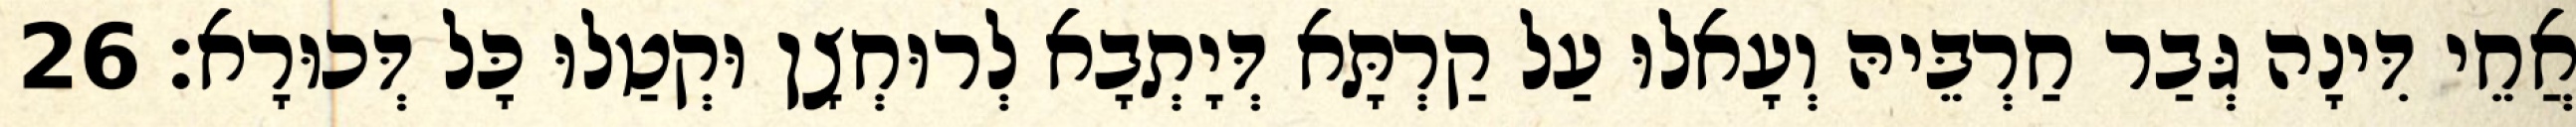
אֲחֵי דִּינָה גְּבַר חַרְבֵּיהּ וְעָאלוּ עַל קַרְתָּא דְּיָתְבָא לְרוּחְצָן וּקְטַלוּ כָּל דְּכוּרָא׃ 26